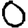
Digit: 0